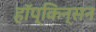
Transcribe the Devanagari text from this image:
हॉप्किन्सन